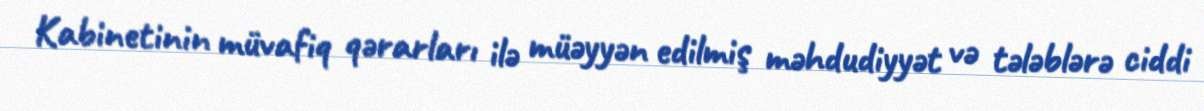
Kabinetinin müvafiq qərarları ilə müəyyən edilmiş məhdudiyyət və tələblərə ciddi